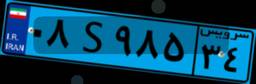
۰۸S۹۸۵۳۴